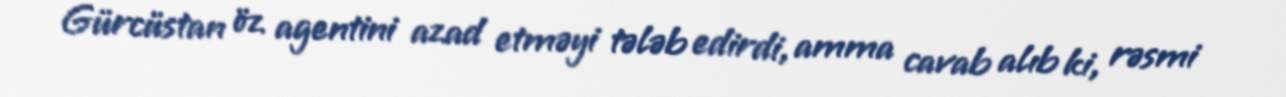
Gürcüstan öz agentini azad etməyi tələb edirdi, amma cavab alıb ki, rəsmi